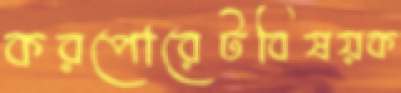
করপোরেটবিষয়ক